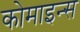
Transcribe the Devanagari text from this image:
कोमाइन्स